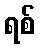
ရစ်